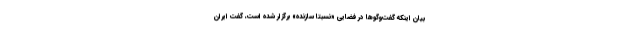
بیان اینکه گفت‌وگوها در فضایی «نسبتا سازنده» برگزار شده است، گفت ایران